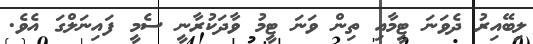
ލިބޭއިރު ދެވަނަ ޓީމާއި ތިން ވަނަ ޓީމު ވާދަކުރާނީ ސެމީ ފައިނަލްގަ އެވެ.